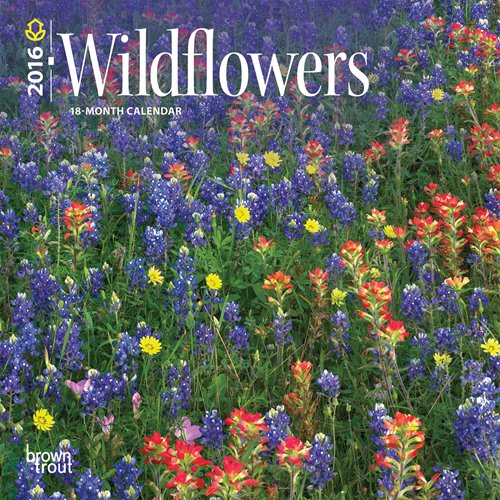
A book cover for Wildflowers 2016 Mini 7x7; Browntrout Publishers; Calendars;